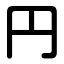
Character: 円